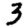
Digit: 3